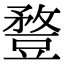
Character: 䜼